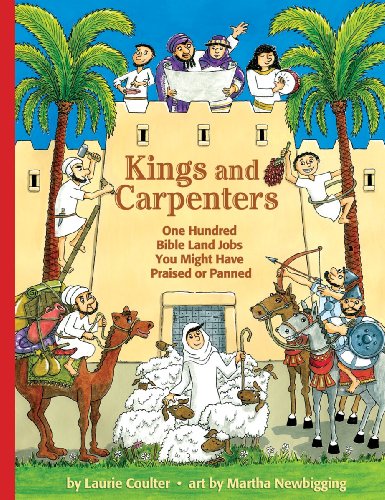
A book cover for Kings and Carpenters: One Hundred Bible Land Jobs You Might Have Praised or Panned (Jobs in History); Laurie Coulter; Children's Books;